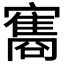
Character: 𮱠